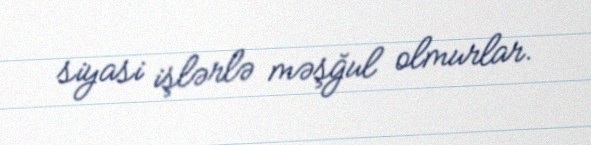
siyasi işlərlə məşğul olmurlar.